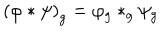
\left( \varphi * \psi \right) _ { g } = \varphi _ { g } * _ { g } \psi _ { g }